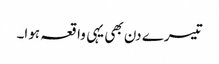
تیسرے دن بھی یہی واقعہ ہوا۔